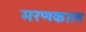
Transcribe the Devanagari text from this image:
मरणकाल